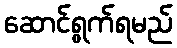
ဆောင်ရွက်ရမည်